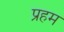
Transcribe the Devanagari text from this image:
प्रहम